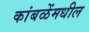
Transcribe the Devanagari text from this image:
कांबळेंमधील